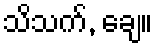
သိသက်, ချေ။